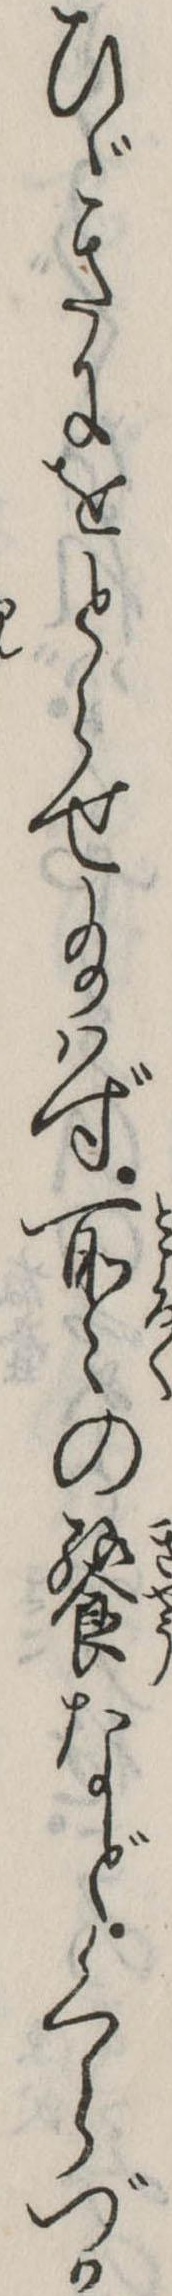
ひゞきにをとらせ給はず所々の饗などくらづか